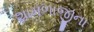
શામળાજીના